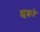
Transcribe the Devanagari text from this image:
झूझते